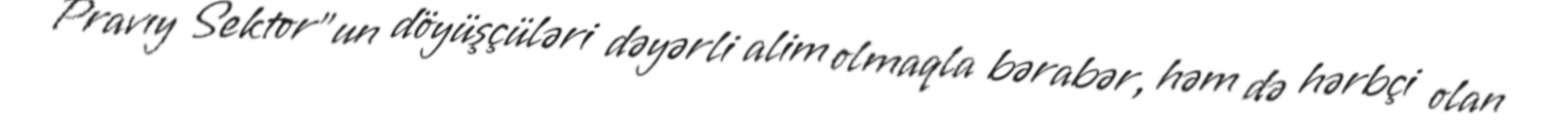
Pravıy Sektor"un döyüşçüləri dəyərli alim olmaqla bərabər, həm də hərbçi olan